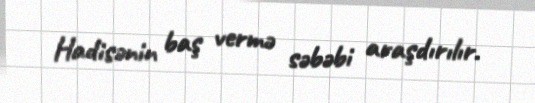
Hadisənin baş vermə səbəbi araşdırılır.